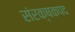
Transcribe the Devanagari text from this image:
संरक्षकपद